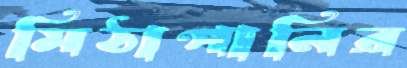
মিঠাপানির